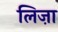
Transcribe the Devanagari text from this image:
लिज़ा